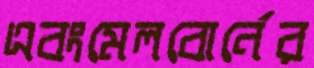
এবংমেলবোর্নের